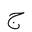
Letter: _gim